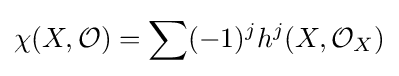
\chi (X,{\mathcal {O}})=\sum (-1)^{j}h^{j}(X,{\mathcal {O}}_{X})